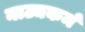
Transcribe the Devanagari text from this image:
नाट्यकर्म